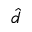
\hat { d }